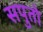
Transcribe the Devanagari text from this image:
सपुतो